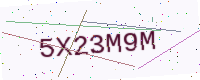
Text: 5X23M9M